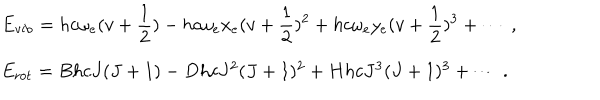
LaTeX: \begin{array} { l } { { E _ { \mathrm { v i b } } = \displaystyle h c \omega _ { e } ( v + { \frac { 1 } { 2 } } ) - h c \omega _ { e } x _ { e } ( v + { \frac { 1 } { 2 } } ) ^ { 2 } + h c \omega _ { e } y _ { e } ( v + { \frac { 1 } { 2 } } ) ^ { 3 } + \cdots ~ , } } \\ { { E _ { \mathrm { r o t } } = B h c J ( J + 1 ) - D h c J ^ { 2 } ( J + 1 ) ^ { 2 } + H h c J ^ { 3 } ( J + 1 ) ^ { 3 } + \cdots ~ . } } \\ \end{array}